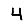
Digit: 4